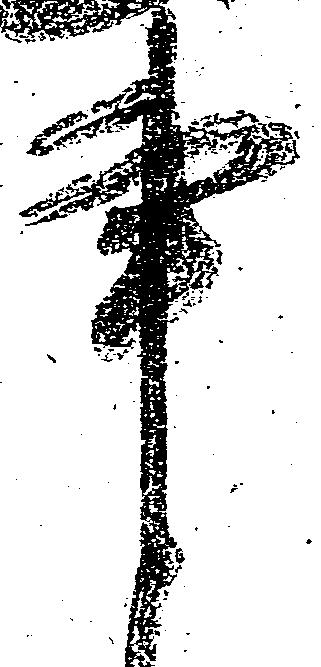
事